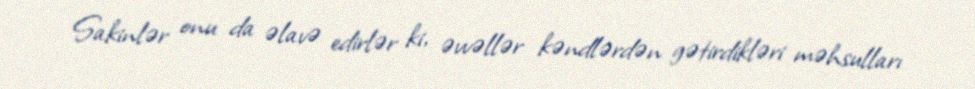
Sakinlər onu da əlavə edirlər ki, əvvəllər kəndlərdən gətirdikləri məhsulları